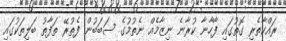
ރައްކާތެރި ގޮތުގައި ފާހާނާ ކުރާނެ ނިޒާމެއް ނެތުމުގެ ސަބަބުން ފެތުރޭ ތަފާތު ބަލިތަކުގައި